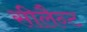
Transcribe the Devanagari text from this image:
सीलैन्ट